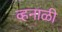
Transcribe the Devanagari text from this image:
व्हनाळी